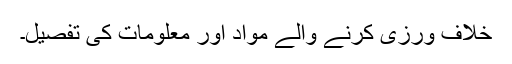
خلاف ورزی کرنے والے مواد اور معلومات کی تفصیل۔